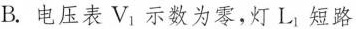
B. 电压表V_{1}示数为零，灯L_{1}短路